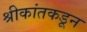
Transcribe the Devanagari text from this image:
श्रीकांतकडून